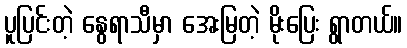
ပူပြင်းတဲ့ နွေရာသီမှာ အေးမြတဲ့ မိုးပြေး ရွာတယ်။